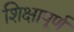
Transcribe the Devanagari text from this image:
शिक्षापूर्ण